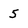
Character: 5